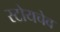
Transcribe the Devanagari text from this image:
स्टोयचेव